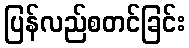
ပြန်လည်စတင်ခြင်း